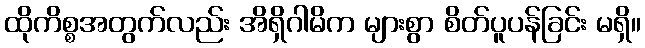
ထိုကိစ္စအတွက်လည်း အိရှိဂါမိက များစွာ စိတ်ပူပန်ခြင်း မရှိ။